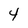
Character: 4